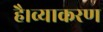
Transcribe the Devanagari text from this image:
है।व्याकरण